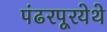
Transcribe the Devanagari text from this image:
पंढरपूरयेथे